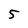
Character: 5